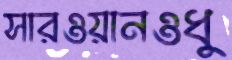
সারওয়ানওধু